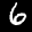
Label: 6